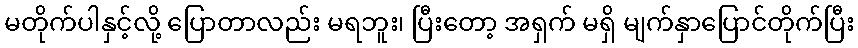
မတိုက်ပါနှင့်လို့ ပြောတာလည်း မရဘူး၊ ပြီးတော့ အရှက် မရှိ မျက်နှာပြောင်တိုက်ပြီး